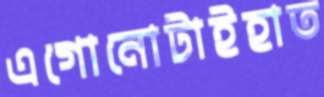
এগোনোটাইহাত